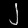
Digit: ၂